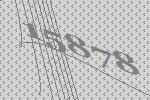
15878